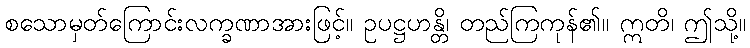
စသောမှတ်ကြောင်းလက္ခဏာအားဖြင့်။ ဥပဋ္ဌဟန္တိ၊ တည်ကြကုန်၏။ ဣတိ၊ ဤသို့။